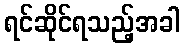
ရင်ဆိုင်ရသည့်အခါ